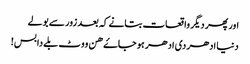
اور پھر دیگر واقعات بتانے کہ بعد زور سے بولے
دنیا ادھر دی ادھر ہو جاۓ ھن ووٹ بلے دا بس!